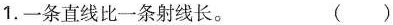
1.一条直线比一条射线长。（）